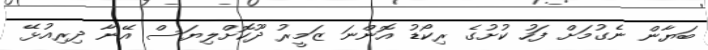
ބަޔާން ނެގުމަށް ފަހު ކުށުގެ ރިކޯޑު އޮންނަ ޒަމީރު ދޫކޮށްލިޔަސް އޭނާ ދިރިއުޅޭ